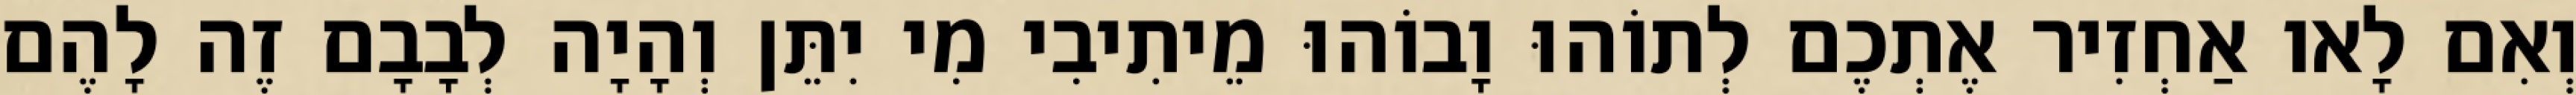
וְאִם לָאו אַחְזִיר אֶתְכֶם לְתוֹהוּ וָבוֹהוּ מֵיתִיבִי מִי יִתֵּן וְהָיָה לְבָבָם זֶה לָהֶם